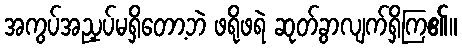
အကွပ်အညှပ်မရှိတော့ဘဲ ဖရိုဖရဲ ဆုတ်ခွာလျက်ရှိကြ၏။